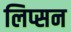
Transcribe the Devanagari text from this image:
लिप्सन